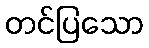
တင်ပြသော